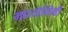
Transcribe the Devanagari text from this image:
महायोगिनी